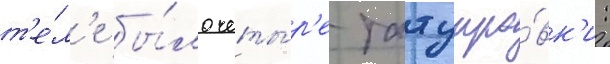
т'е́л'е бы́ло четы́р'е татуиро́вк'и: